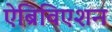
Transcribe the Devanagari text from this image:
ऐब्रिविएशन